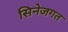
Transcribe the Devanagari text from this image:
सिनेजगत